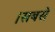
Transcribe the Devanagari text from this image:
।सबसे